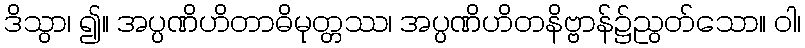
ဒိသွာ၊ ၍။ အပ္ပဏိဟိတာဓိမုတ္တဿ၊ အပ္ပဏိဟိတနိဗ္ဗာန်၌ညွတ်သော။ ဝါ၊